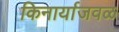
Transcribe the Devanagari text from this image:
किनार्याजवळ